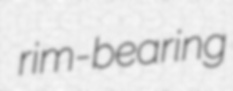
rim-bearing